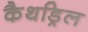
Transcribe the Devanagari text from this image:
कैथड्रिल